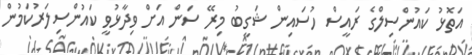
އަތޮޅު ކައުންސިލްގެ ރައީސް ހުސައިން ޝަގީބު މިރޭ ސަން އަށް ވިދާޅުވީ ކައުންސިލަރުކަމުން